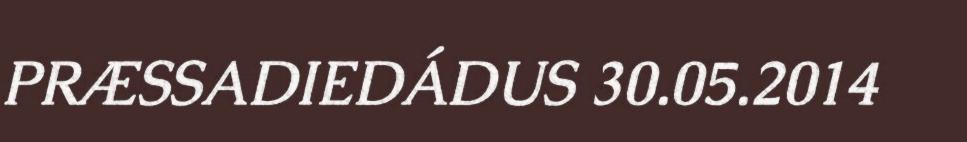
PRÆSSADIEDÁDUS 30.05.2014